Statistical return of the lunatic asylum in Assam - 1912-1932
Year: 1912
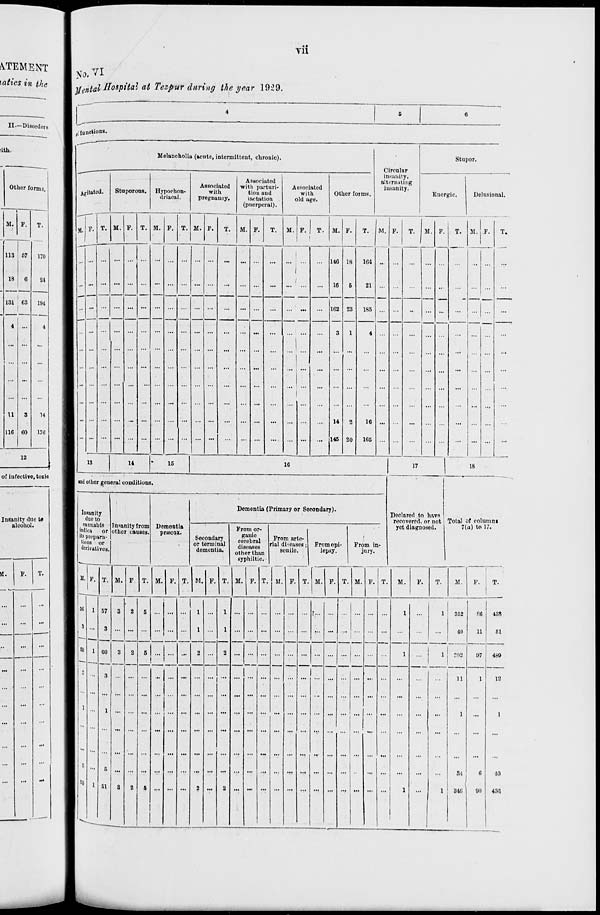
vn
II—Disorders
of infective, toxio
No, VI
lal Hospital at Tezpur during the year 1929.
( i functions.
Melancholia (acute, intermittent, chronic).
Agi
M. F
tatcd.
Stuporous. Hypochon-
driacal.
Associated
with
pregnancy.
Associated
with parturi-
tion and
lactation
(puerperal).
Associated
with
old age.
Other forms.
Circular
insimity,
alurnnting
insanity.
Stupor.
Energic.
Delusional.
T. M. P.
M.
T. M.
T.
M. F.
T.
M. F. T. U.
T.
116
16
162
14
145
18
28
164
21
185
M.
T.
M. F.
T. M. F.
1
16
165
IS
14
15
16
17
18
»nd other genera! condil ions
Insanity
due to
, cannabis
indica
or
its prepara-
tions or
derivatives.
Tnsanity from
other causes.
Dementia
priscox.
Dementia (Primary or Socondary).
Declared to have
recovered, or not
yet diagnosed.
rotal of column!
Secondary
or terminal
dementia.
From or-
ganic
cerebral
diseases
other than
From arte-
ial di-eases j
senile.
From epi-
lepsy.
From in
Jury.
7(a) to 17.
syphiltic.
M. F. T. M. F T. M. P. T. M. P. T. M. P. T. M. F. T. M. F. T. M. F. T.
M.
P.
T.
M.
P.
T.
5G 1 57
3
2
5
...
1 ...
1
... ... ...
J...
•
... ...
1
...
1
352
n 43S
3 ...
3
1
1 ...
... ...
... ... ... ...
...
...
40
n 51
(9 1 GO
3
2
2
2
——
1
1
.1,.
ro2
97
480
1
!
■
••
3
... ... ... ... ...
... ...
... ... ... ... ...
...
... ... ...
...
...
n
1
12
1 ...
1
... ...
...
...
... ...
... ... ... ...
...
...
...
... ... ...
...
...
...
...
,..
...
l
...
1
1 5 ... 0 ... ... ... ■If ... ... ... ... ... ... ... ... ... ... ... ... ... ...
... ...
...
...
...
M
6
10
1 SO 1 51 3 2 5
2
2
1
1
346
00
430